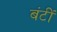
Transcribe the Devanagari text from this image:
बंटीं